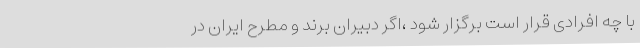
با چه افرادی قرار است برگزار شود ،اگر دبیران برند و مطرح ایران در